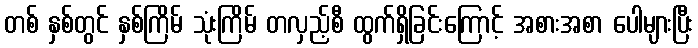
တစ် နှစ်တွင် နှစ်ကြိမ် သုံးကြိမ် တလှည့်စီ ထွက်ရှိခြင်းကြောင့် အစားအစာ ပေါများပြီး